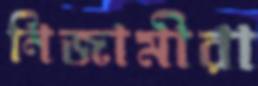
নিজামীরা